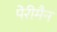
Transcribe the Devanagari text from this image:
पेरीमैन